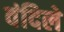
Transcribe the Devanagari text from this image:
वंदिले